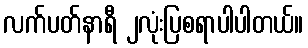
လက်ပတ်နာရီ ၂လုံးပြစရာပါပါတယ်။